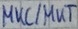
Text: MKC/MKT